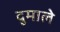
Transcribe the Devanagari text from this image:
दुमाले